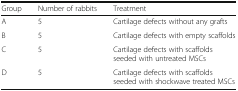
<table><thead><tr><td><b>Group</b></td><td><b>Number of rabbits</b></td><td><b>Treatment</b></td></tr></thead><tbody><tr><td>A</td><td>5</td><td>Cartilage defects without any grafts</td></tr><tr><td>B</td><td>5</td><td>Cartilage defects with empty scaffolds</td></tr><tr><td>C</td><td>5</td><td>Cartilage defects with scaffolds seeded with untreated MSCs</td></tr><tr><td>D</td><td>5</td><td>Cartilage defects with scaffolds seeded with shockwave treated MSCs</td></tr></tbody></table>